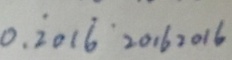
0 . \dot { 2 } 0 1 \dot { 6 } 2 0 1 6 2 0 1 6